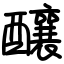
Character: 釀